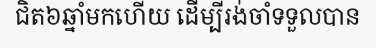
ជិត៦ឆ្នាំមកហើយ ដើម្បីរង់ចាំទទួលបាន